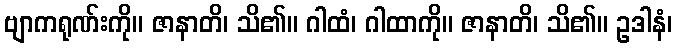
ဗျာကရုဏ်းကို။ ဇာနာတိ၊ သိ၏။ ဂါထံ၊ ဂါထာကို။ ဇာနာတိ၊ သိ၏။ ဥဒါနံ၊